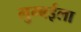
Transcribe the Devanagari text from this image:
मुम्बईला